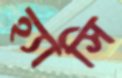
হ্যাসি